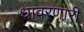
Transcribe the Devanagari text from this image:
धावरणारी